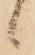
候